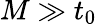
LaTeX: M\gg t_{0}